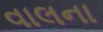
વાલના